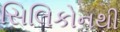
સિલિકોનથી